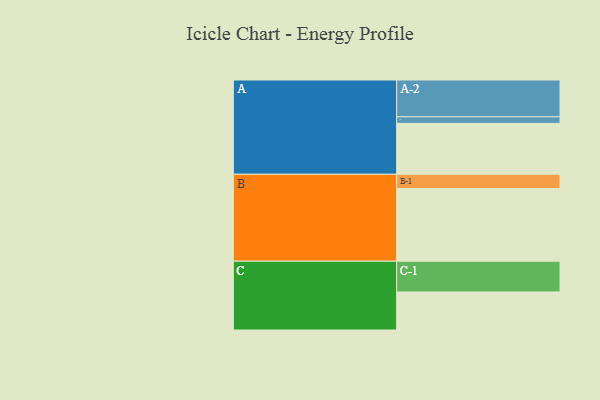
{"axis": {"x": "Segment", "y": "Value"}, "legend": ["", "A", "B", "C"], "data": [{"x": "A", "y": 414, "type": ""}, {"x": "B", "y": 590, "type": ""}, {"x": "C", "y": 309, "type": ""}, {"x": "A-1", "y": 53, "type": "A"}, {"x": "A-2", "y": 299, "type": "A"}, {"x": "B-1", "y": 116, "type": "B"}, {"x": "C-1", "y": 250, "type": "C"}]}